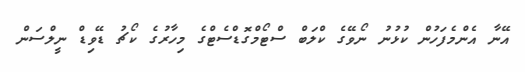
އޭނާ އެންމެފަހުން ކުޅުނު ނޯވޭގެ ކްލަބް ސްޓޯމްގޮޑްސެޓްގެ މިހާރުގެ ކޯޗު ޑޭވިޑް ނީލްސަން